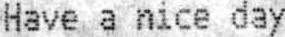
HAVE A NICE DAY